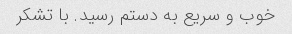
خوب و سریع به دستم رسید. با تشکر